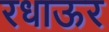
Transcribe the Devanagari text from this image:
रधाऊर